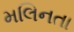
મલિનતા